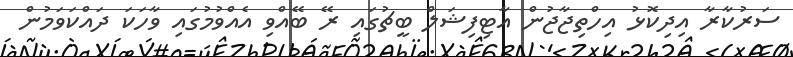
ސަރުކާރާ އިދިކޮޅު އިހްތިޖާޖުން އާޓިފިޝަލް ބީޗުގައި ރޭ ބޭއްވި އެއްވުމުގައި ވާހަކަ ދައްކަވަމުން